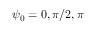
\psi _ { 0 } = 0 , \pi / 2 , \pi